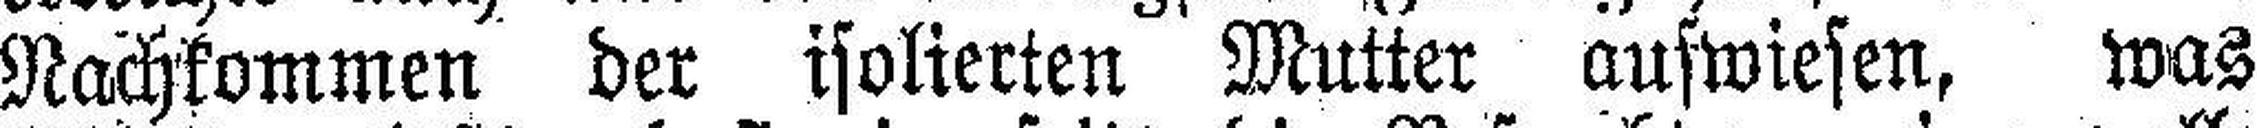
Nachkommen der isolierten Mutter aufwiesen, was